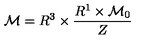
{ \cal M } = R ^ { 3 } \times { \frac { R ^ { 1 } \times { \cal M } _ { 0 } } { Z } }